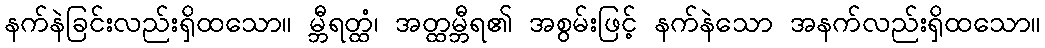
နက်နဲခြင်းလည်းရှိထသော။ မ္ဘီရတ္ထံ၊ အတ္ထမ္ဘီရ၏ အစွမ်းဖြင့် နက်နဲသော အနက်လည်းရှိထသော။